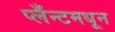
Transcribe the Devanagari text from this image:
प्लँन्टमधून